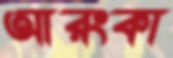
আরংকা